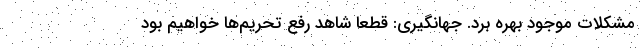
مشکلات موجود بهره برد. جهانگیری: قطعا شاهد رفع تحریم‌ها خواهیم بود